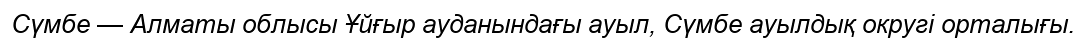
Сүмбе — Алматы облысы Ұйғыр ауданындағы ауыл, Сүмбе ауылдық округі орталығы.